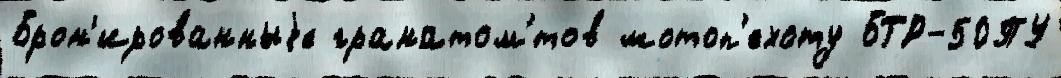
Брон'ированныjе гранатом'́тов мотоп'ехоту БТР-50ПУ